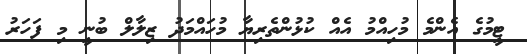
ޓީމުގެ އެންމެ މުހިއްމު އެއް ކުޅުންތެރިޔާ މުހައްމަދު ޒިލާލް ބުނީ މި ފަހަރު